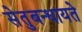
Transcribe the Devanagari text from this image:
सेतुबन्धायते